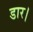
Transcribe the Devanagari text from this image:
डार।